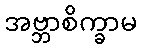
အဗ္ဘာစိက္ခာမ